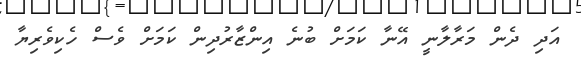
އަދި ދެން މަރާލާނީ އޭނާ ކަމަށް ބުނެ އިންޒާރުދިން ކަމަށް ވެސް ހެކިވެރިޔާ